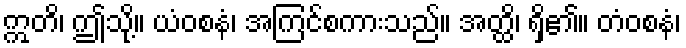
ဣတိ၊ ဤသို့။ ယံဝစနံ၊ အကြင်စကားသည်။ အတ္ထိ၊ ရှိ၏။ တံဝစနံ၊